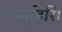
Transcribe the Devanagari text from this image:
भर्तृहरि।